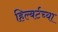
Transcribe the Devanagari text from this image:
हिल्बर्टच्या